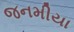
જનમીયા